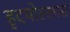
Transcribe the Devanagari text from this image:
हृदयोल्लास